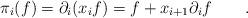
LaTeX: \begin{align*}\pi_i(f) = \partial_i(x_if) = f + x_{i+1}\partial_i f\qquad.\end{align*}